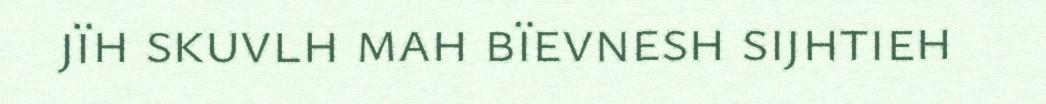
jïh skuvlh mah bïevnesh sijhtieh